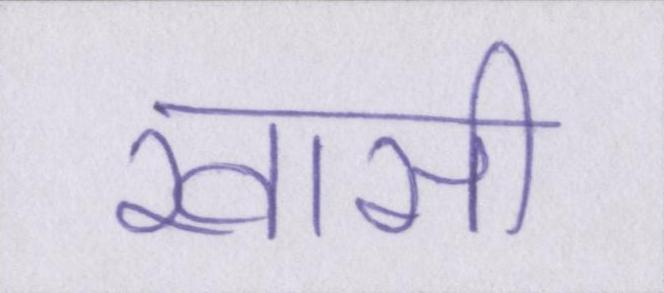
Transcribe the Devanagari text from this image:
खासी